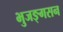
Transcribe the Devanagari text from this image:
भुजङ्गसन